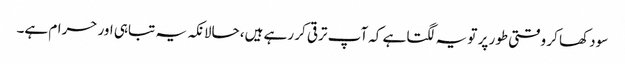
سود کھا کر وقتی طور پر تو یہ لگتا ہے کہ آپ ترقی کر رہے ہیں، حالانکہ یہ تباہی اور حرام ہے۔